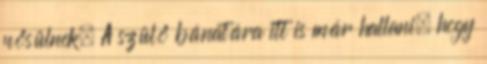
nősülnek. A szülő bánatára itt is már hallani, hogy